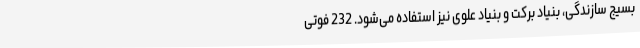
بسیج سازندگی، بنیاد برکت و بنیاد علوی نیز استفاده می‌شود. 232 فوتی